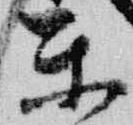
東